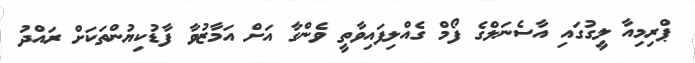
ޕްރިމިއާ ލީގުގައި އާސެނަލްގެ ފޯމް ގެއްލިފައިވާތީ ވެންގާ އަށް އަމާޒުވާ ފާޑުކިޔުންތަކަށް ރައްދު